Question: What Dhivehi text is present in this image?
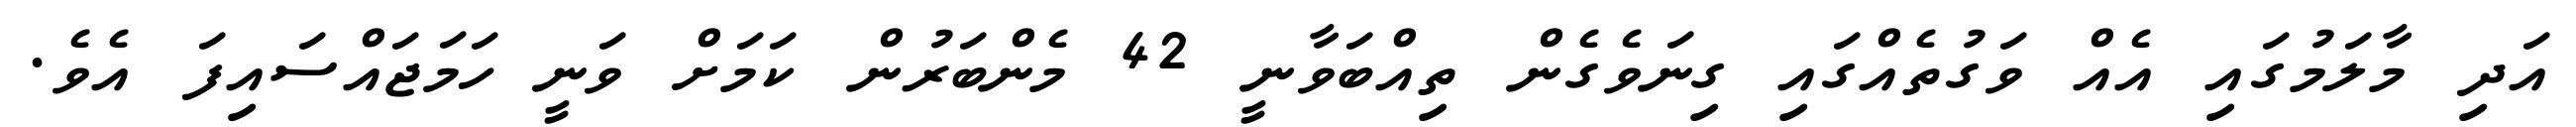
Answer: އަދި މާލަމުގައި އެއް ވަގުތެއްގައި ގިނަވެގެން ތިއްބަވާނީ 42 މެންބަރުން ކަމަށް ވަނީ ހަމަޖައްސައިފަ އެވެ.